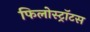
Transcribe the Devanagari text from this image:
फिलोस्ट्रॉटस